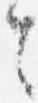
令